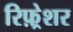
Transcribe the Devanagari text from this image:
रिफ़्रेशर